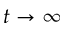
t \to \infty